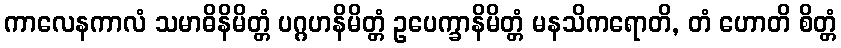
ကာလေနကာလံ သမာဓိနိမိတ္တံ ပဂ္ဂဟနိမိတ္တံ ဥပေက္ခာနိမိတ္တံ မနသိကရောတိ, တံ ဟောတိ စိတ္တံ